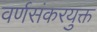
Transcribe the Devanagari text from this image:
वर्णसंकरयुक्त